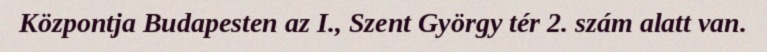
Központja Budapesten az I., Szent György tér 2. szám alatt van.